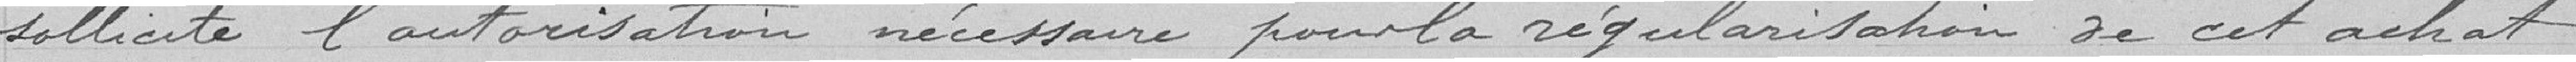
sollicite l'autorisation nécessaire pour la régularisation de cet achat.